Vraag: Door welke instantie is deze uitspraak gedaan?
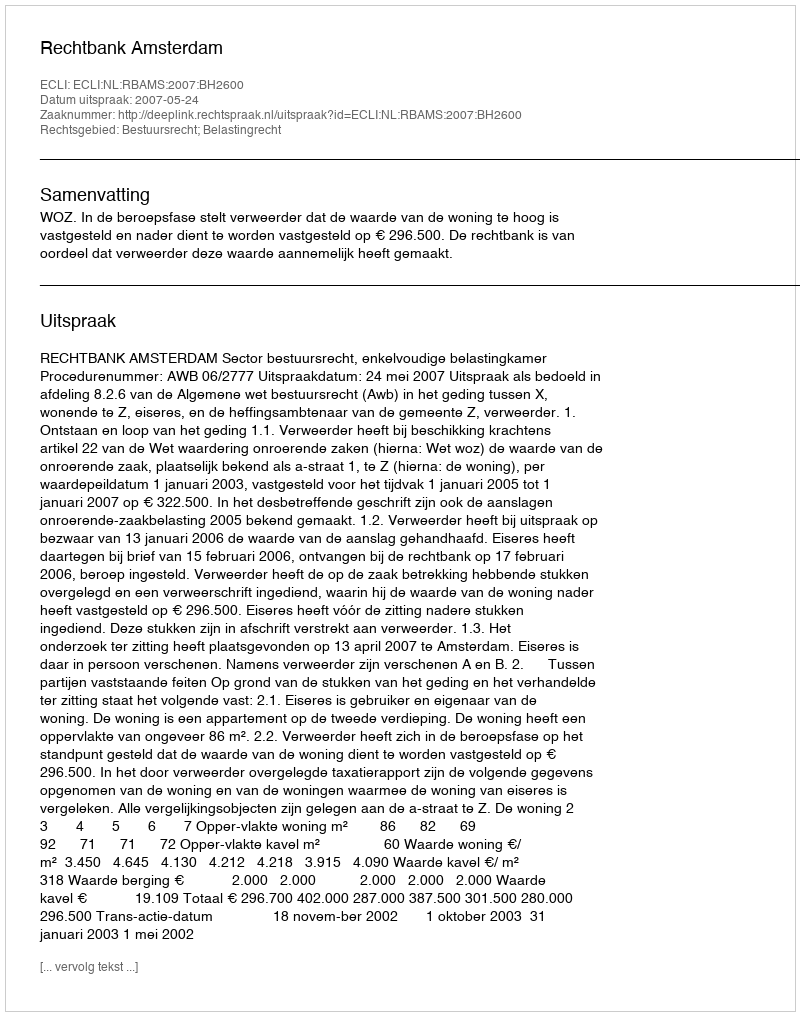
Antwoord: Rechtbank Amsterdam